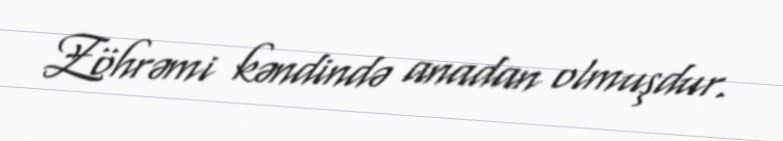
Zöhrəmi kəndində anadan olmuşdur.